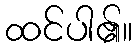
ထင်ပါ၏။